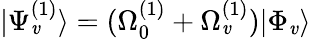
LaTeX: |\Psi_{\mathit{v}}^{(1)}\rangle=(\Omega_{0}^{(1)}+\Omega_{\mathit{v}}^{(1)})|\Phi_{\mathit{v}}\rangle